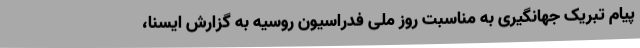
پیام تبریک جهانگیری به مناسبت روز ملی فدراسیون روسیه به گزارش ایسنا،